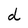
Character: d